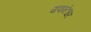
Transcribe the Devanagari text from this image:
यवनेश्वर